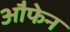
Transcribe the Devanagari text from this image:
औफेन